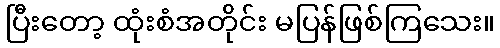
ပြီးတော့ ထုံးစံအတိုင်း မပြန်ဖြစ်ကြသေး။